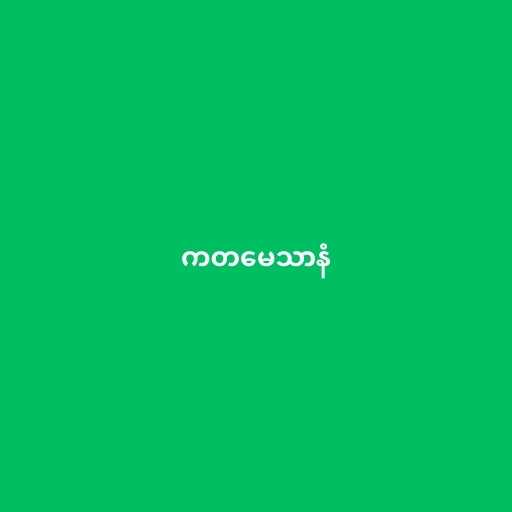
ကတမေသာနံ